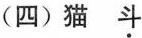
(四)猫斗